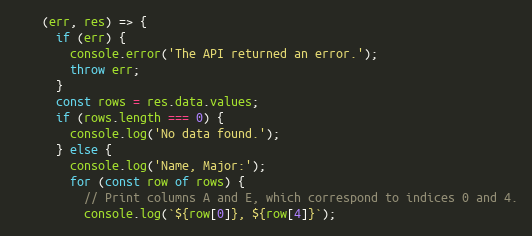
Language: JavaScript
    (err, res) => {
      if (err) {
        console.error('The API returned an error.');
        throw err;
      }
      const rows = res.data.values;
      if (rows.length === 0) {
        console.log('No data found.');
      } else {
        console.log('Name, Major:');
        for (const row of rows) {
          // Print columns A and E, which correspond to indices 0 and 4.
          console.log(`${row[0]}, ${row[4]}`);